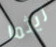
ريثما